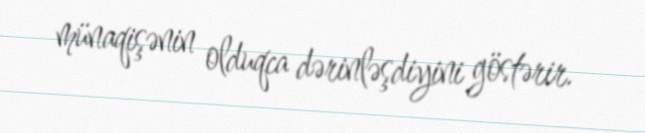
münaqişənin olduqca dərinləşdiyini göstərir.